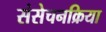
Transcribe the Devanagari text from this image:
संसेचनक्रिया